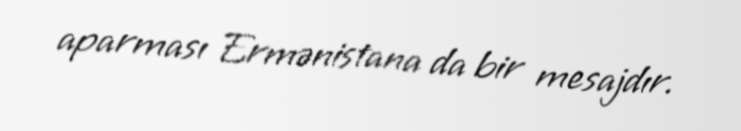
aparması Ermənistana da bir mesajdır.